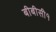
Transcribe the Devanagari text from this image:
बीबीसी१